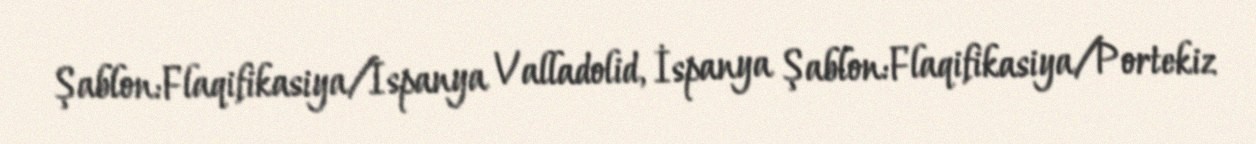
Şablon:Flaqifikasiya/İspanya Valladolid, İspanya Şablon:Flaqifikasiya/Portekiz